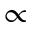
\propto